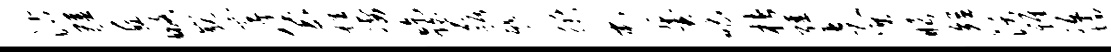
沽疆丘略巍享堡雄凄吃碧踞蹙衢屯翼唱楮强走巽眼短沃雅冱墙